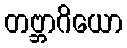
တဗ္ဘာဂိယော